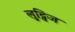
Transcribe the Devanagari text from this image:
लुट्विज